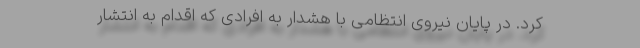
کرد. در پایان نیروی انتظامی با هشدار به افرادی که اقدام به انتشار